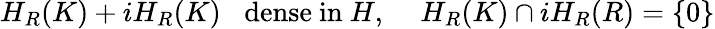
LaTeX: H_{R}(K)+iH_{R}(K)\, \, \, \, \, \mathrm{dense~in~}H,\quad\, H_{R}(K)\cap iH_{R}(R)=\left\{ 0\right\}